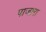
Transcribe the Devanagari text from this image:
पाजारा